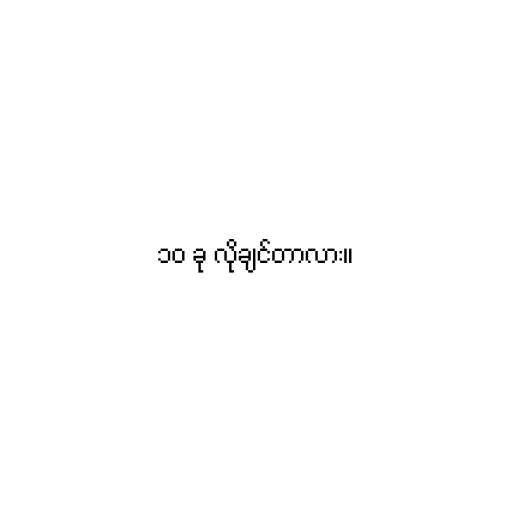
၁၀ ခု လိုချင်တာလား။